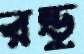
রন্ডু